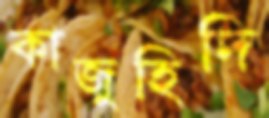
কাজুহিদি